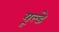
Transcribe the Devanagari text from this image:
यूल्डे